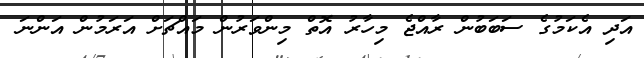
އަދި އެކަމުގެ ސަބަބުން ރާއްޖެ މިހާރު އޮތް މިންވަރުން މައްޗަށް އަރަމުން އަންނަ